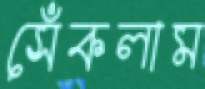
সেঁকলাম